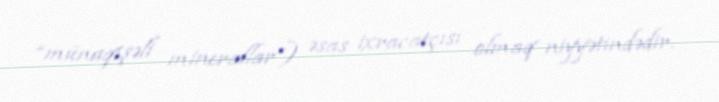
“münaqişəli minerallar”) əsas ixracatçısı olmaq niyyətindədir.